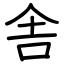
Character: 舎